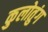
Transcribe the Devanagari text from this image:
कुलोतुंग